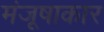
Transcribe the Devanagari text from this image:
मंजूषाकार